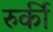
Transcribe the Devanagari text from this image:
रुर्की